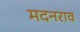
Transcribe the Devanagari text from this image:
मदनराव